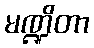
မဏ္ဍိတာ